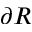
\partial R